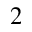
^ 2